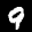
Label: 9